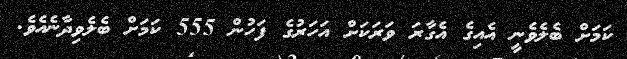
ކަމަށް ބެލެވެނީ އެއިގެ އެގާރަ ވަރަކަށް އަހަރުގެ ފަހުން 555 ކަމަށް ބެލެވިދާނެއެވެ.